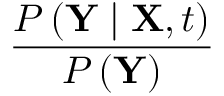
\frac { P \left( \mathbf { Y } \mid \mathbf { X } , t \right) } { P \left( \mathbf { Y } \right) }